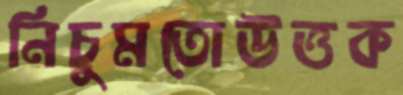
নিচুমতোউত্তক